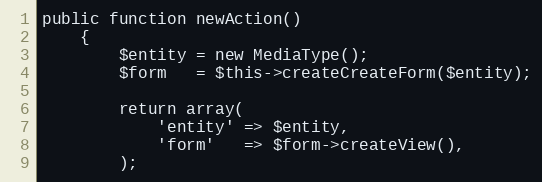
Language: PHP
public function newAction()
    {
        $entity = new MediaType();
        $form   = $this->createCreateForm($entity);

        return array(
            'entity' => $entity,
            'form'   => $form->createView(),
        );